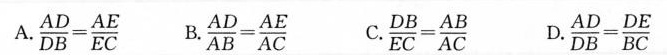
A.$$\frac { A D } { D B } = \frac { A E } { E C }$$ B.$$\frac { A D } { A B } = \frac { A E } { A C }$$ C.$$\frac { D B } { E C } = \frac { A B } { A C }$$ D. $$\frac { A D } { D B } = \frac { D E } { B C }$$